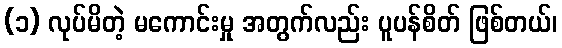
(၁) လုပ်မိတဲ့ မကောင်းမှု အတွက်လည်း ပူပန်စိတ် ဖြစ်တယ်၊